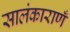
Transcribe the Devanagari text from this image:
सालंकाराणँ